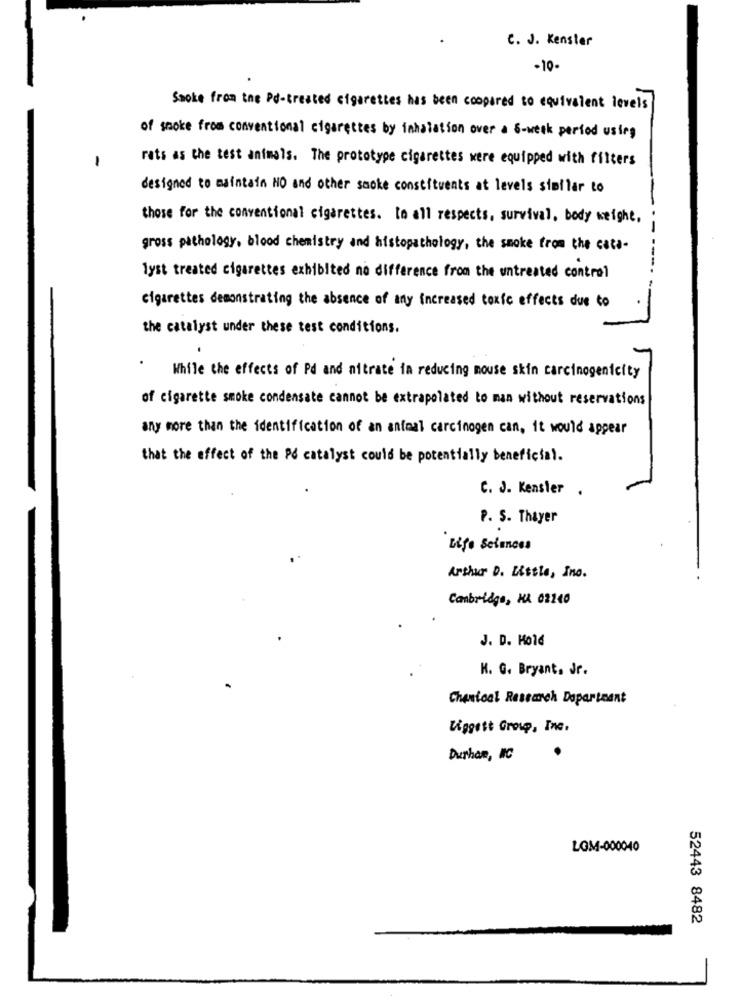
C. J. Kenster
-10-
Smoke from the Pd-treated cigarettes has been compared to equivalent levels
of smoke from conventional cigarettes by inhalation over a S-werk period using
-
rats as the test animals. The prototype cigarettes were equipped with filters
designed to maintain HO and other saoke constituents at levels similar to
those for the conventional cigarettes. to all respects, survival. body weight,
gross pathology, blood chemistry and histopathology, the smoke from the cats-
lyst treated cigarettes exhibited no difference from the untreated control
cigarettes demonstrating the absence of any increased toxic effects due to
the catalyst under these test conditions.
.
While the effects of Pd and nitrate in reducing mouse skin carcinogenicity
of cigarette smoke condensate cannot be extrapolated to man without reservations
any more than the identification of an animal carcinogen can, it would appear
that the effect of the Pd catalyst could be potentially beneficial.
.
C. J. Kensler .
P. S. Thayer
Life Sciences
Arthur D. Little, Ino.
Cambridge, MA 02240
J. D. Hold
K. G. Bryant. Jr.
Chanical Research Daparteant
Liggett Group, Inc.
Durham, WC
LOM-000040
52443 8482